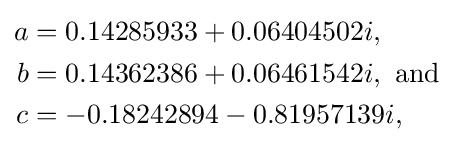
{\begin{aligned}a&=0.14285933+0.06404502i,\\b&=0.14362386+0.06461542i,{\text{ and}}\\c&=-0.18242894-0.81957139i,\end{aligned}}